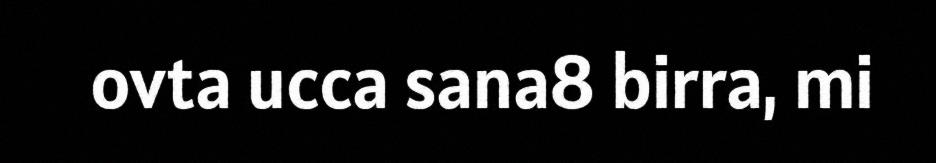
ovta ucca sana8 birra, mi